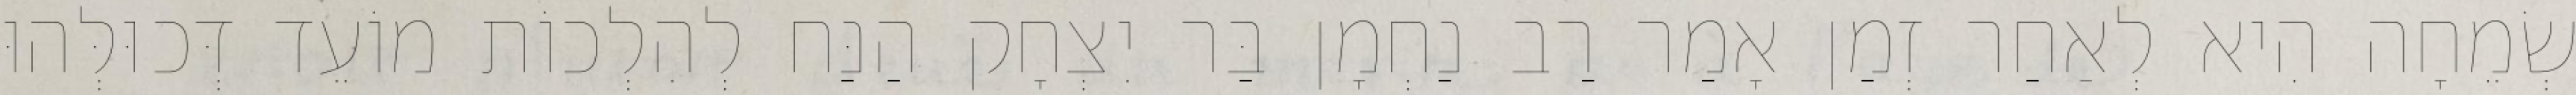
שְׂמֵחָה הִיא לְאַחַר זְמַן אָמַר רַב נַחְמָן בַּר יִצְחָק הַנַּח לְהִלְכוֹת מוֹעֵד דְּכוּלְּהוּ